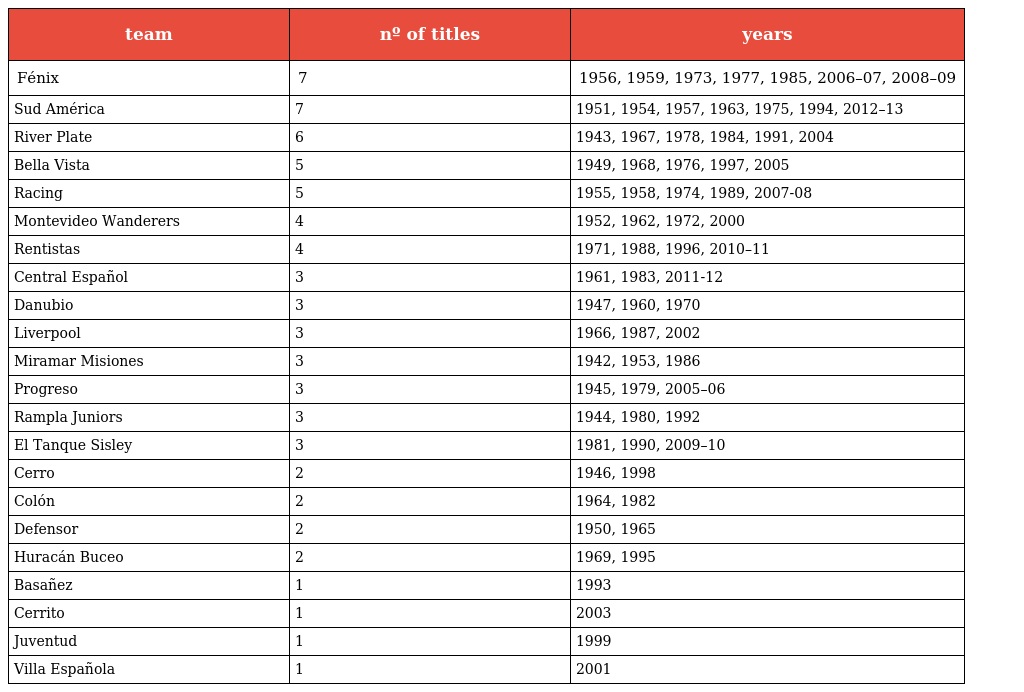
| team | nº of titles | years |
 | --- | --- | --- |
 | Fénix | 7 | 1956, 1959, 1973, 1977, 1985, 2006–07, 2008–09 |
 | Sud América | 7 | 1951, 1954, 1957, 1963, 1975, 1994, 2012–13 |
 | River Plate | 6 | 1943, 1967, 1978, 1984, 1991, 2004 |
 | Bella Vista | 5 | 1949, 1968, 1976, 1997, 2005 |
 | Racing | 5 | 1955, 1958, 1974, 1989, 2007-08 |
 | Montevideo Wanderers | 4 | 1952, 1962, 1972, 2000 |
 | Rentistas | 4 | 1971, 1988, 1996, 2010–11 |
 | Central Español | 3 | 1961, 1983, 2011-12 |
 | Danubio | 3 | 1947, 1960, 1970 |
 | Liverpool | 3 | 1966, 1987, 2002 |
 | Miramar Misiones | 3 | 1942, 1953, 1986 |
 | Progreso | 3 | 1945, 1979, 2005–06 |
 | Rampla Juniors | 3 | 1944, 1980, 1992 |
 | El Tanque Sisley | 3 | 1981, 1990, 2009–10 |
 | Cerro | 2 | 1946, 1998 |
 | Colón | 2 | 1964, 1982 |
 | Defensor | 2 | 1950, 1965 |
 | Huracán Buceo | 2 | 1969, 1995 |
 | Basañez | 1 | 1993 |
 | Cerrito | 1 | 2003 |
 | Juventud | 1 | 1999 |
 | Villa Española | 1 | 2001 |